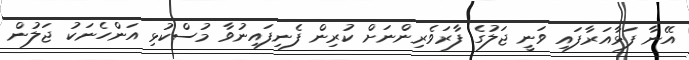
އޭނާ ފަޅާއަރާފައި ވަނީ ޖަލުގެ ފާރަވެރިންނަށް ކުރިން ފެނިފައިނުވާ މުސްކުޅި އަންހެނަކު ޖަލުން